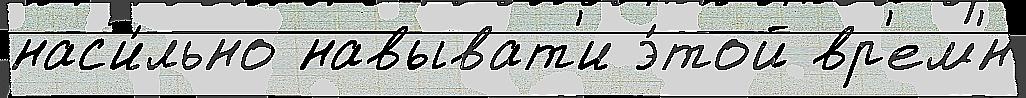
нас'и́льно навыват'и э́той вр'ем'́н